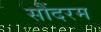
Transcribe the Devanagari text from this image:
सौंदरम